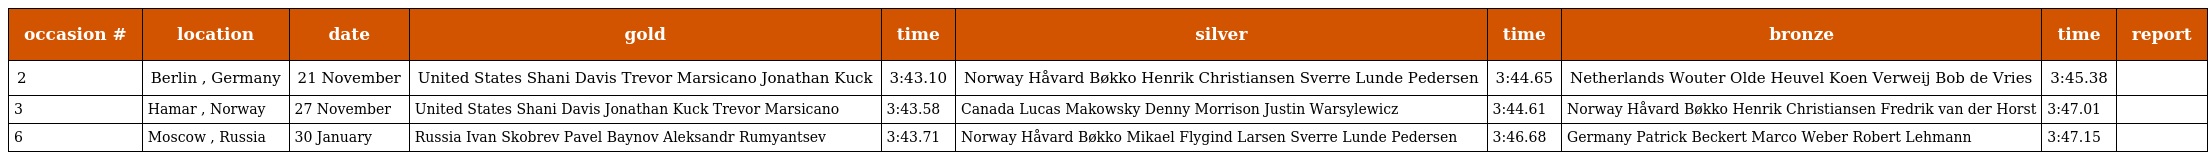
| occasion # | location | date | gold | time | silver | time | bronze | time | report |
 | --- | --- | --- | --- | --- | --- | --- | --- | --- | --- |
 | 2 | Berlin , Germany | 21 November | United States Shani Davis Trevor Marsicano Jonathan Kuck | 3:43.10 | Norway Håvard Bøkko Henrik Christiansen Sverre Lunde Pedersen | 3:44.65 | Netherlands Wouter Olde Heuvel Koen Verweij Bob de Vries | 3:45.38 |  |
 | 3 | Hamar , Norway | 27 November | United States Shani Davis Jonathan Kuck Trevor Marsicano | 3:43.58 | Canada Lucas Makowsky Denny Morrison Justin Warsylewicz | 3:44.61 | Norway Håvard Bøkko Henrik Christiansen Fredrik van der Horst | 3:47.01 |  |
 | 6 | Moscow , Russia | 30 January | Russia Ivan Skobrev Pavel Baynov Aleksandr Rumyantsev | 3:43.71 | Norway Håvard Bøkko Mikael Flygind Larsen Sverre Lunde Pedersen | 3:46.68 | Germany Patrick Beckert Marco Weber Robert Lehmann | 3:47.15 |  |